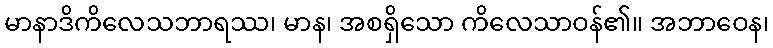
မာနာဒိကိလေသဘာရဿ၊ မာန၊ အစရှိသော ကိလေသာဝန်၏။ အဘာဝေန၊